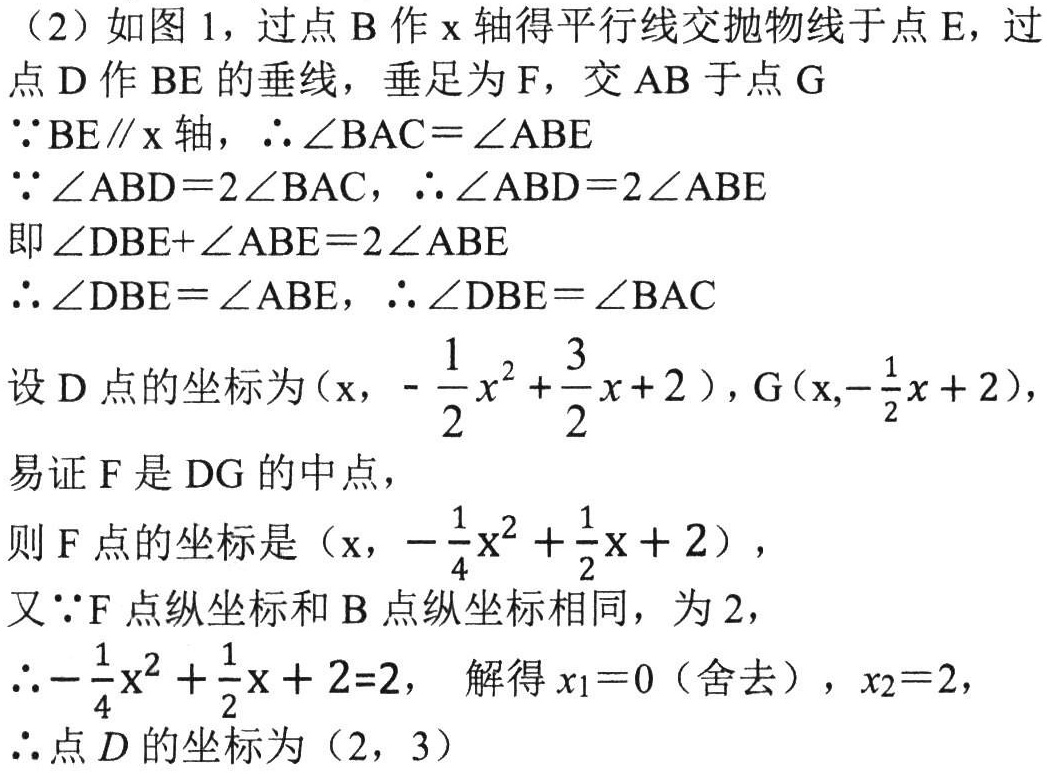
（2）如图 1，过点 \(B\) 作 \(x\) 轴得平行线交抛物线于点 \(E\)，过点 \(D\) 作 \(BE\) 的垂线，垂足为 \(F\)，交 \(AB\) 于点 \(G\)
\(\because BE\parallel x\) 轴，\(\therefore\angle BAC = \angle ABE\)
\(\because\angle ABD = 2\angle BAC\)，\(\therefore\angle ABD = 2\angle ABE\)
即 \(\angle DBE+\angle ABE = 2\angle ABE\)
\(\therefore\angle DBE=\angle ABE\)，\(\therefore\angle DBE = \angle BAC\)
设 \(D\) 点的坐标为 \((x,-\frac{1}{2}x^{2}+\frac{3}{2}x + 2)\)，\(G(x,-\frac{1}{2}x + 2)\)，
易证 \(F\) 是 \(DG\) 的中点，
则 \(F\) 点的坐标是 \((x,-\frac{1}{4}x^{2}+\frac{1}{2}x + 2)\)，
又 \(\because F\) 点纵坐标和 \(B\) 点纵坐标相同，为 \(2\)，
\(\therefore-\frac{1}{4}x^{2}+\frac{1}{2}x + 2 = 2\)， 解得 \(x_{1}=0\)（舍去），\(x_{2}=2\)，
\(\therefore\) 点 \(D\) 的坐标为 \((2,3)\)